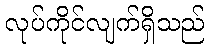
လုပ်ကိုင်လျက်ရှိသည်